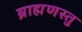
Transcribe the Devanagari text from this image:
ब्राह्मणस्तु